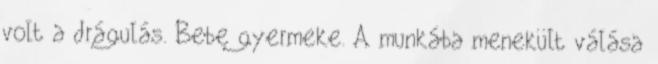
volt a drágulás. Bebe gyermeke. A munkába menekült válása